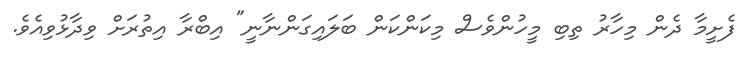
ފެށީމާ ދެން މިހާރު ތިބި މީހުންވެސް މިކަންކަން ބަލައިގަންނާނީ" އިބްރާ އިތުރަށް ވިދާޅުވިއެވެ.